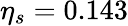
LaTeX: \eta_{s}=0.143